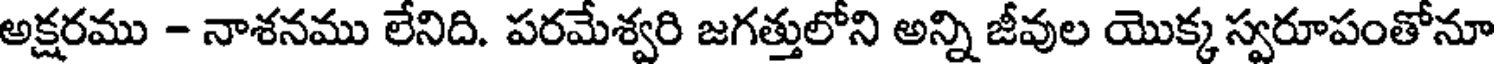
అక్షరము - నాశనము లేనిది. పరమేశ్వరి జగత్తులోని అన్ని జీవుల యొక్క స్వరూపంతోనూ